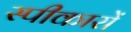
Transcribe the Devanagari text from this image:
स्पीकारों